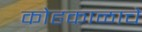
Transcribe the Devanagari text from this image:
कोहकाळाचे